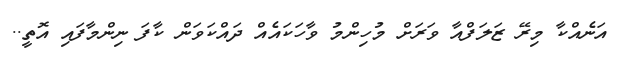
އަނެއްކާ މިރޭ ޒަލަފްއާ ވަރަށް މުހިންމު ވާހަކައެއް ދައްކަވަން ކާފަ ނިންމާފައި އޮތީ..